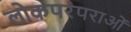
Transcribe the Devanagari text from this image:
लोकपरंपराओं